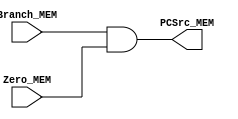
// Comments and desciption of modules have been deliberately ommitted.
// It is up to the student to document and describe the system.

module MEM_Branch_AND(
		      input Branch_MEM,
		      input  Zero_MEM,
		      output PCSrc_MEM
		      );

   assign PCSrc_MEM = Branch_MEM & Zero_MEM;

endmodule // MEM_Branch_AND